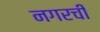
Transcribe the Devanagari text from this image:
नगरची